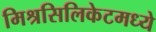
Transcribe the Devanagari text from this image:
मिश्रसिलिकेटमध्ये